Vaccination North-Western Provinces and Oudh 1878-1895 - 1878-1895
Year: 1878
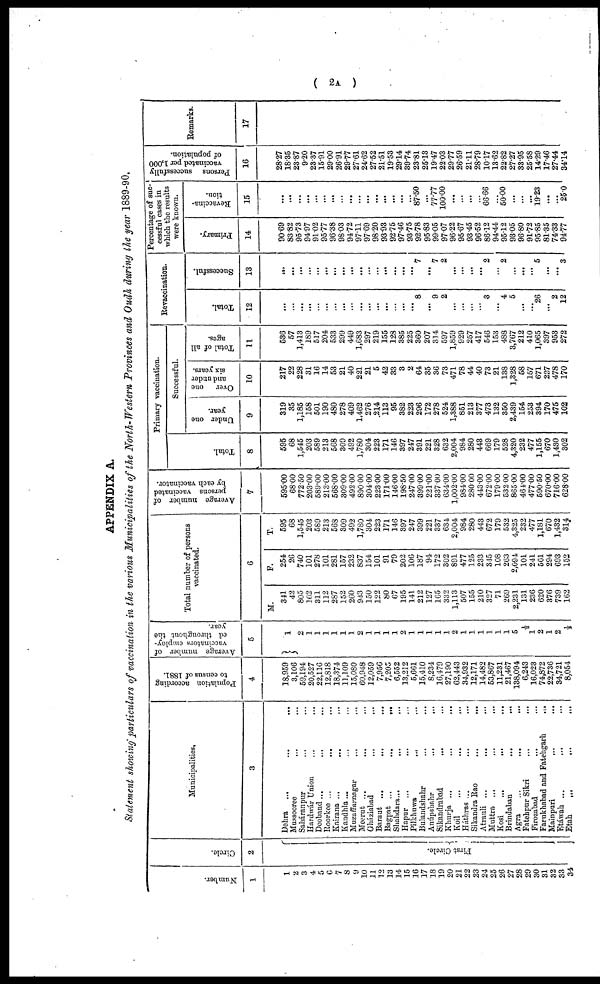
( 2A )
APPENDIX A.
Statement showing particulars of vaccination in the various Municipalities of the North-Western Provinces and Oudh during the year 1889-90.
Number.
1
1
2
3
4
5
6
7
8
9
10
11
12
13
14
15
16
17
18
19
20
21
22
23
24
25
26
27
28
29
30
31
32
33
34
Circle.
2
First Circle.
Municipalities.
3
Dehra ... ... ...
Mussooree ... ...
Saháranpur ... ...
Hardwár Union ... ...
Deoband ... ... ...
Roorkee ...
Kairana ... ... ...
Kandhla... ... ...
Muzaffarnagar
...
...
Meerut ... ... ...
Gháziabad ... ...
Baraut ... ... ...
Bagpat ...
...
...
Shahdara... ... ...
Hapur ... ... ...
Pilkhuwa
... ...
Bulandshahr ... ...
Anúpshahr
...
...
Sikandrabad ... ...
Khurja ... ... ...
Koil ... ... ...
Háthras ... ... ...
Sikandra Rao ... ...
Atrauli ...
...
...
Muttra ... ... ...
Kosi
...
...
...
Brindaban
...
...
Agra ... ... ...
Fatehpur Sikri ... ...
Firozabad ... ...
Farukhabad and Fatehgarh ...
Mainpuri ... ...
Etáwah ... ... ...
Etah ... ... ...
Population according
to census of 1881.
4
18,959
3,106
59,194
20,527
22,116
12,818
18,374
11,109
15,080
60,948
12,059
7,956
7,205
6,552
13,212
5,661
15,410
8,234
16,479
27,190
62,443
34,932
12,171
14,482
53,867
11,231
21,467
138,094
6,243
16,023
74,872
22,736
34,721
8,054
Average number of
vaccinators employ-
ed throughout the
year.
5
1
2
1
1
1
1
1
1
2
1
1
1
1
2
1
1
1
1
1
2
1
1
1
1
1
1
5
½ 1
2
1
2
½
Total number of persons
vaccinated.
6
M.
341
42
805
102
311
112
287
152
260
943
150
122
80
67
195
141
212
127
165
332
1,113
507
155
210
327
71
269
2,231
131
236
620
376
739
162
F.
254
26
740
101
278
101
281
157
232
837
154
101
91
79
202
106
187
94
172
302
891
477
125
233
345
108
263
2,094
101
241
561
294
693
152
T.
595
68
1,545
203
589
213
568
309
492
1,780
304
223
171
146
397
247
399
221
337
634
2,004
984
280
443
672
179
532
4,325
232
477
1,181
670
1,432
314
Average number of
persons vaccinated
by each vaccinator.
7
595.00
68.00
772.50
203.00
589.00
213.00
568.00
309.00
492.00
890.00
304.00
223.00
171.00
146.00
198.50
247.00
399.00
221.00
337.00
634.00
1,002.00
984.00
280.00
443.00
672.00
179.00
532.00
865.00
464.00
477.00
590.50
670.00
716.00
628.00
Primary vaccination.
Total.
8
595
68
1,545
203
589
213
568
309
492
1,780
304
223
171
146
397
247
391
221
328
632
2,004
984
280
443
669
179
528
4,320
232
477
1,155
670
1,430
302
Successful.
Under one
year.
9
319
35
1,185
158
501
190
480
278
409
1,462
276
214
113
95
382
223
296
172
278
524
1,388
851
213
377
473
132
350
2,439
154
253
394
170
475
102
Over
one
and under
six years.
10
217
22
228
31
16
14
53
21
40
221
21
5
42
33
3
2
64
35
36
73
471
78
44
40
73
21
138
1,328
58
157
671
227
478
170
Total of all
ages.
11
536
57
1,413
189
517
204
533
299
449
1,683
297
219
155
128
385
225
360
207
314
597
1,859
929
257
417
546
153
488
3,767
212
410
1,065
397
953
272
Revaccination.
Total.
12
...
...
...
...
...
...
...
...
...
...
...
...
...
...
...
...
8
...
9
2
...
...
...
...
3
...
4
5
...
...
26
...
2
12
Successful.
13
...
...
...
...
...
...
...
...
...
...
...
...
...
...
...
...
7
...
7
2
...
...
...
...
2
...
2
...
...
...
5
...
...
3
Percentage of suc-
cessful cases in
which the results
were known.
Primary.
14
90.69
83.82
95.73
94.97
91.02
95.77
96.38
98.03
94.72
97.11
97.69
98.20
93.93
92.75
97.46
93.75
92.78
95.83
99.05
97.07
96.22
95.67
93.45
96.52
86.12
94.44
95.12
93.05
96.80
91.72
95.85
81.35
74.33
94.77
Revaccina-
tion.
15
...
...
...
...
...
...
...
...
...
...
...
...
...
...
...
...
87.50
...
77.77
100.00
...
...
...
...
66.66
...
50.00
...
...
...
19.23
...
...
25.0
Persons successfully
vaccinated per 1,000
of population.
16
28.27
18.35
23.87
9.20
23.37
15.91
29.00
26.91
29.77
27.61
24.62
27.52
21.51
19.53
29.14
39.74
23.81
25.13
19.47
22.03
29.77
26.59
21.11
28.79
10.17
13.62
22.82
27.27
33.95
25.58
14.29
17.46
27.44
34.14
Remarks.
17